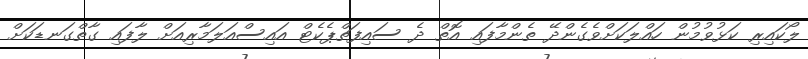
ލޯކައިރި ކަޅުވުމުން ހައްލަކަށްވެގެންދޭ ތެންމާފައި އޮތް ދެ ސައިފަތްޕެކެޓް އައިސްއަލަމާރިއަށް ލާފައި ގާތްގަނޑަކަށް